NAE_Eesti_seltside_protokollid_1900-1917, lk 8
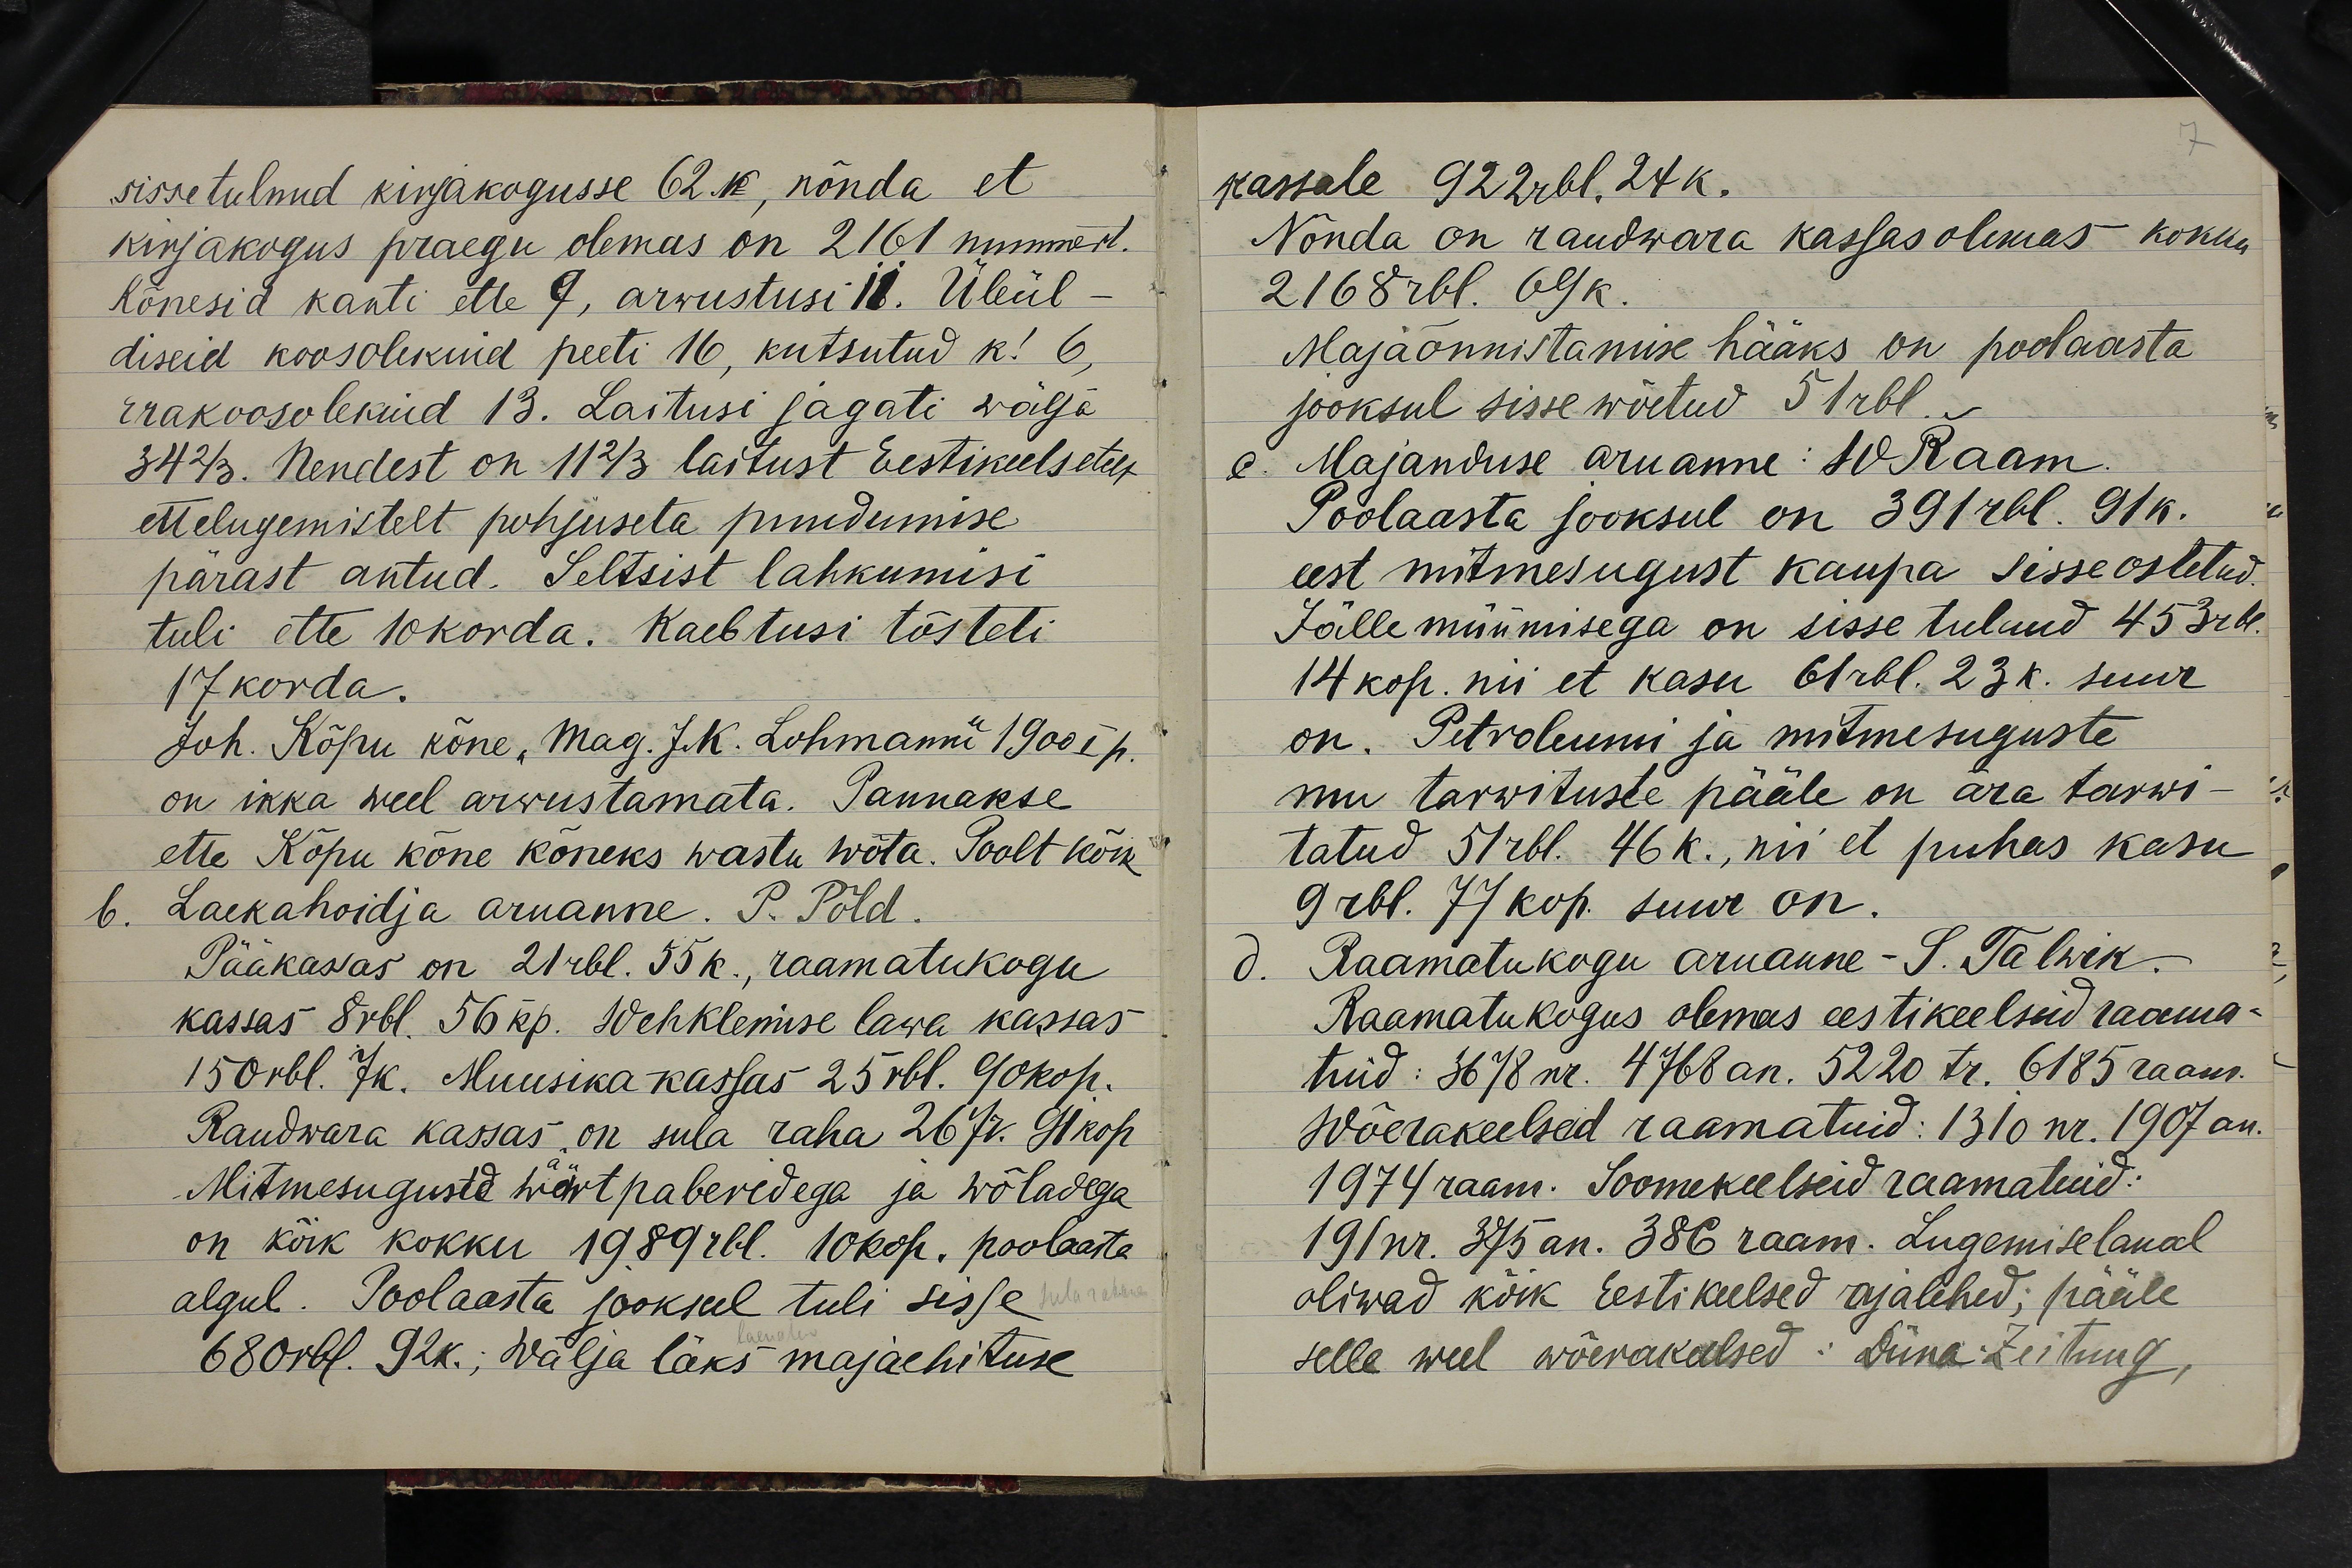
sissetulnud kirjakogusse 62.k, nõnda et
kirjakogus praegu olemas on 2161 nummert.
Kõnesid kanti ette 7, arvustusi 18. Üleül-
diseid koosolekuid peeti 16, kutsutud k. 6,
erakoosolekuid 13. Laitusi jagati wälja
34 2/3. Nendest on 11 2/3 laitust Eestikeelsetest
ettelugemistelt põhjuseta puudumise
pärast antud. Seltsist lahkumisi
tuli ette 10 korda. Kaebtusi tõsteti
17korda.
Joh. Kõpu kõne, Mag. J. K.. Lohmanni 1900 I p.
on ikka weel arwustamata. Pannakse
ette Kõpu kõne kõneks wastu wõta. Poolt kõik
Laekahoidja aruanne. P. Põld.
Pääkassas on 21 rbl. 55k., raamatukogu
kassas 8 rbl. 56 kp. Wehklemise lawa kassas
150 rbl. 7k. Muusika kassas 25 rbl. 90 kop.
Raudwara kassas on sula raha 267r. 91 kop
Mitmesuguste wärtpaberidega ja wõladega
on kõik kokku 1989 rbl. 10 kop. poolaasta
algul. Poolaasta jooksul tuli sisse sularahana
680rbl. 92k.; wälja läks majaehituse

kassale 922rbl. 24 k.
Nõnda on raudwara kassas olemas kokku
2168 rbl. 69k.
Majaõnnistamise hääks on poolaasta
jooksul sisse wõetud 51 rbl.
e. Majanduse aruanne: W Raam
Poolaasta jooksul on 391 rbl. 91k.
eest mitmesugust kaupa sisseostetud.
Jällemüümisega on sisse tulnud 453rbl.
14 kop. nii et kasu 61 rbl. 23k. suur
on. Petroleumi ja mitmesuguste
mu tarwituste pääle on ära tarwi-
tatud 51rbl. 46k., nii et puhas kasu
9 rbl. 77 kop. suur on.
Raamatukogu aruanne- S. Talwik.
Raamatukogus olemas eestikeelseid raama-
tuid: 3678 nr. 4768 an. 5220 tr. 6185 raam.
Wõerakeelseid raamatuid: 1310 nr. 1907 an.
1974 raam. Soomekeelseid raamatuid:
191nr. 375 an. 386 raam. Lugemiselaual
oliwad kõik Eesti keelsed ajalehed; pääle
selle weel wõerakeelsed: Düna Zeitung,